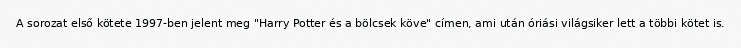
A sorozat első kötete 1997-ben jelent meg "Harry Potter és a bölcsek köve" címen, ami után óriási világsiker lett a többi kötet is.